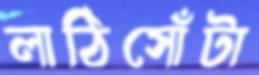
লাঠিসোঁটা